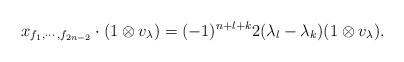
LaTeX: \begin{align*} x_{f_1,\cdots,f_{2n-2}}\cdot( 1\otimes v_{\lambda})=(-1)^{n+l+k}2(\lambda_l-\lambda_k)(1\otimes v_{\lambda}).\end{align*}